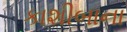
કાશીબાના